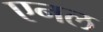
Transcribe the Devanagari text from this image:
एनल